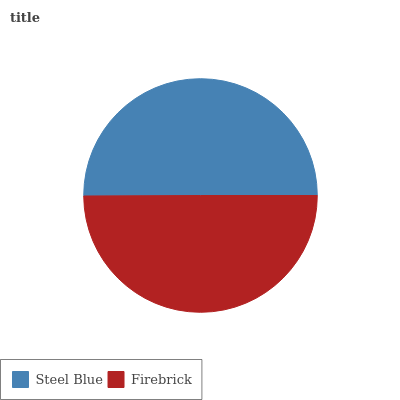
| Steel Blue | Firebrick |
 | --- | --- |
 | 50.1% | 49.9% |